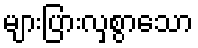
များပြားလှစွာသော